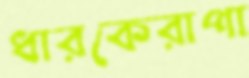
ধারকেরাপা